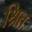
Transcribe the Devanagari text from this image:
श्रित